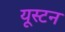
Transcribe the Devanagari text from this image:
यूस्टन